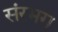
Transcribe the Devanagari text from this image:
संरभग